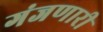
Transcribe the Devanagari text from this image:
गंजणारी